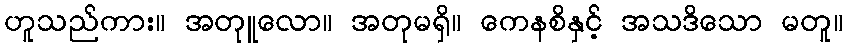
ဟူသည်ကား။ အတုူလော။ အတုမရှိ။ ကေနစိနှင့် အသဒိသော မတူ။